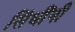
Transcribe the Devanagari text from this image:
सिंधींनी